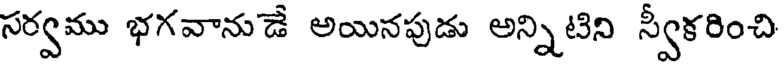
సర్వము భగవానుడే అయినపుడు అన్నిటిని స్వీకరించి